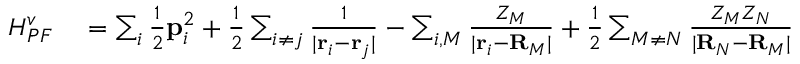
\begin{array} { r l } { H _ { P F } ^ { v } } & { { } = \sum _ { i } \frac { 1 } { 2 } \mathbf { p } _ { i } ^ { 2 } + \frac { 1 } { 2 } \sum _ { i \neq j } \frac { 1 } { | \mathbf { r } _ { i } - \mathbf { r } _ { j } | } - \sum _ { i , M } \frac { Z _ { M } } { | \mathbf { r } _ { i } - \mathbf { R } _ { M } | } + \frac { 1 } { 2 } \sum _ { M \neq N } \frac { Z _ { M } Z _ { N } } { | \mathbf { R } _ { N } - \mathbf { R } _ { M } | } } \end{array}